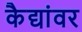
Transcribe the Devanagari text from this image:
कैद्यांवर